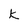
Character: K